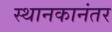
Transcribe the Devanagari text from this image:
स्थानकानंतर